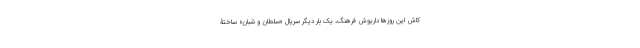
کاش این روزها داریوش فرهنگ، یک بار دیگر سریال «سلطان و شبان» ساختۀ